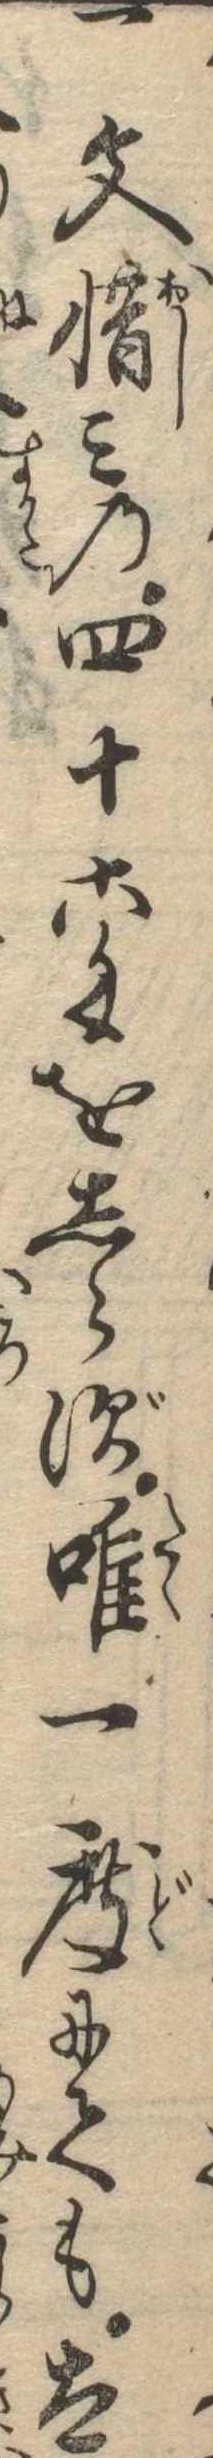
一文惜みの四十六匁をしらず唯一度にても太